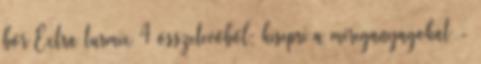
bőr Extra turmix 4 összetevőből: kisepri a méreganyagokat -